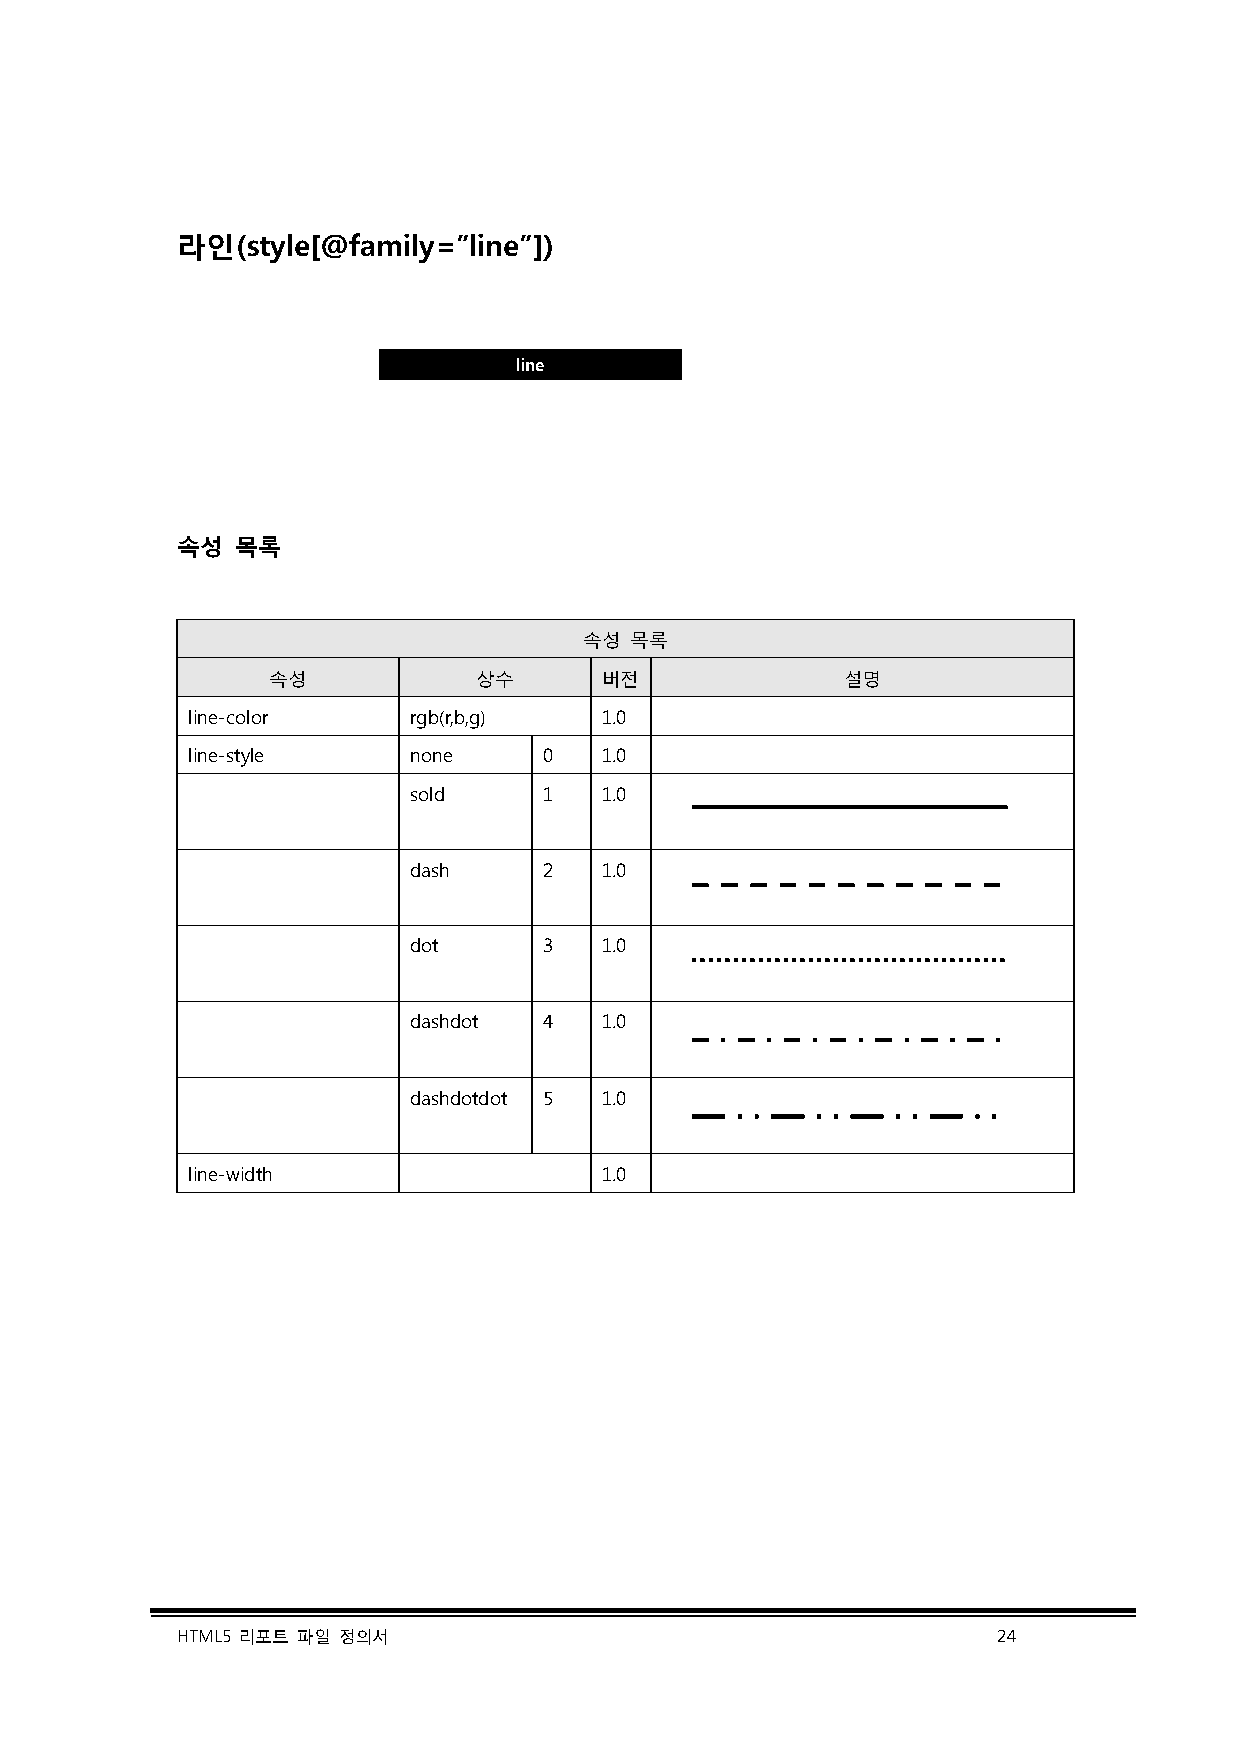
라인(style[@family=”line”])
 line
 속성  목록
 속성 목록
 속성           상수       버전              설명
 line-color     rgb(r,b,g)   1.0
 line-style     none     0   1.0
 sold     1   1.0
 dash     2   1.0
 dot      3   1.0
 dashdot  4   1.0
 dashdotdot 5 1.0
 line-width                  1.0
 HTML5 리포트 파일 정의서                                      24